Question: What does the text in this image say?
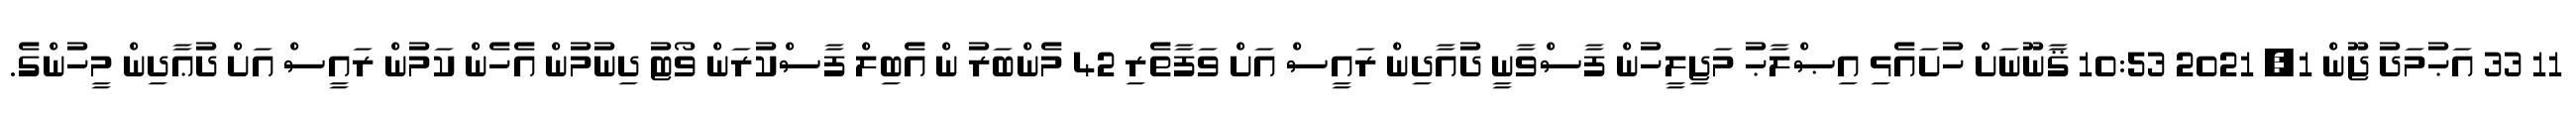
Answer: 11 33 އަޙުމަދު ޖޫން 1, 2021 10:53 ޤާނޫނަށް ހުށައެޅި އިޞްލާޙު މަޖިލީހުން ފާސްވާނީ ދުއާދިން ރައީސް އަށް ވަފާތެރި 42 މެންބަރު ން އެބިލް ފާސްކުރަން ވޯޓު ދިނުމުން އެހެން ކަމުން ރައީސް އަށް ދުޢާދިން މީހުންގެ.